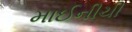
માઈનીચી